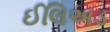
ઈલિઅડ